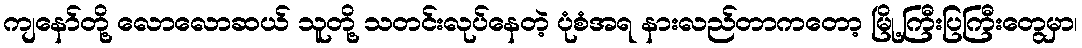
ကျနော်တို့ လောလောဆယ် သူတို့ သတင်းလုပ်နေတဲ့ ပုံစံအရ နားလည်တာကတော့ မြို့ကြီးပြကြီးတွေမှာ၊